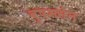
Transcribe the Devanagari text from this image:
वृषभसेन